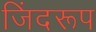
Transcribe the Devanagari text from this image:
जिंदरूप